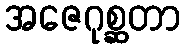
အဇေဂုစ္ဆတာ